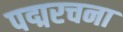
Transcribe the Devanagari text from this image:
पद्मरचना